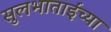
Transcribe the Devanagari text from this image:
सुलभाताईंच्या